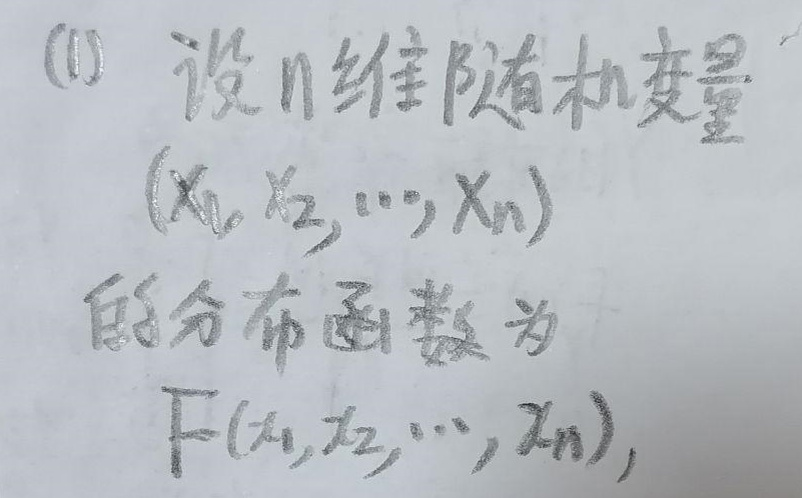
(1) 设$n$维随机变量$(X_1,X_2,\cdots,X_n)$的分布函数为$F(x_1,x_2,\cdots,x_n)$，